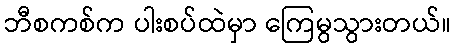
ဘီစကစ်က ပါးစပ်ထဲမှာ ကြေမွသွားတယ်။